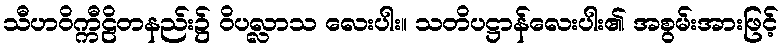
သီဟဝိက္ကီဠိတနည်း၌ ဝိပလ္လာသ လေးပါး။ သတိပဋ္ဌာန်လေးပါး၏ အစွမ်းအားဖြင့်